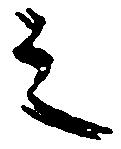
之